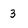
Character: 3